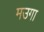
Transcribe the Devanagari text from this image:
मउगा